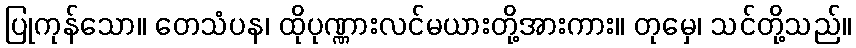
ပြုကုန်သော။ တေသံပန၊ ထိုပုဏ္ဏားလင်မယားတို့အားကား။ တုမှေ၊ သင်တို့သည်။